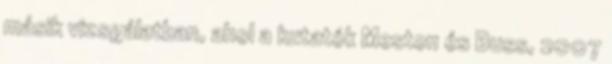
másik vizsgálatban, ahol a kutatók Meston és Buss, 2007